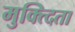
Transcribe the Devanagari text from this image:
मुक्त्दिता